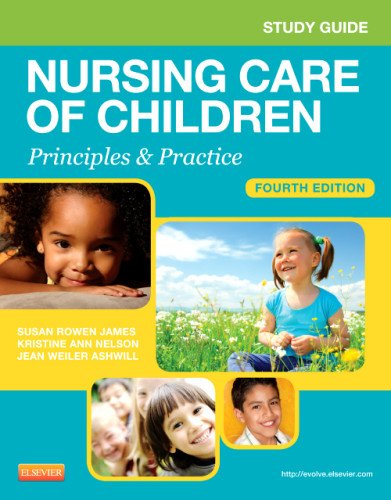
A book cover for Study Guide for Nursing Care of Children: Principles and Practice, 4e; Susan R. James PhD  MSN  RN; Medical Books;